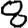
Digit: 8